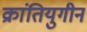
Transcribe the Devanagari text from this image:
क्रांतियुगीन